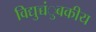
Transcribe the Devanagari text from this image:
विद्युच्चंुबकीय